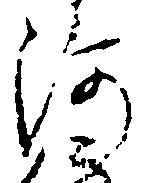
河